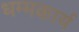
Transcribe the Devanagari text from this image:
धम्मकार्य